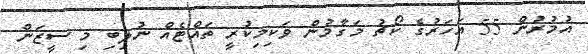
އުމުރުން 55 އަހަރުގެ ކޯޗު މަގާމުން ވަކިމިކުރީ ތައްޓެއް ނުލިބި މި ސީޒަން